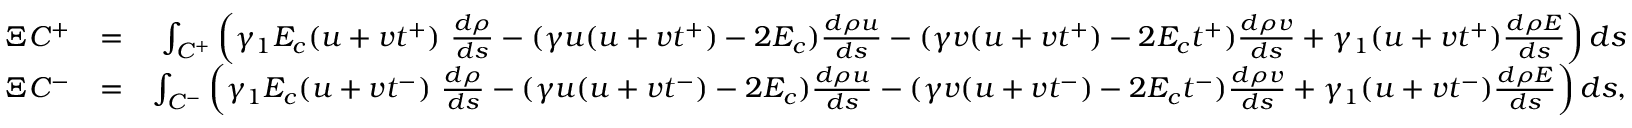
\begin{array} { r l r } { \Xi C ^ { + } } & { = } & { \int _ { { \cal C } ^ { + } } \left( \gamma _ { 1 } E _ { c } ( u + v t ^ { + } ) ~ \frac { d \rho } { d s } - ( \gamma u ( u + v t ^ { + } ) - 2 E _ { c } ) \frac { d \rho u } { d s } - ( \gamma v ( u + v t ^ { + } ) - 2 E _ { c } t ^ { + } ) \frac { d \rho v } { d s } + \gamma _ { 1 } ( u + v t ^ { + } ) \frac { d \rho E } { d s } \right) d s } \\ { \Xi C ^ { - } } & { = } & { \int _ { { \cal C } ^ { - } } \left( \gamma _ { 1 } E _ { c } ( u + v t ^ { - } ) ~ \frac { d \rho } { d s } - ( \gamma u ( u + v t ^ { - } ) - 2 E _ { c } ) \frac { d \rho u } { d s } - ( \gamma v ( u + v t ^ { - } ) - 2 E _ { c } t ^ { - } ) \frac { d \rho v } { d s } + \gamma _ { 1 } ( u + v t ^ { - } ) \frac { d \rho E } { d s } \right) d s , } \end{array}